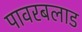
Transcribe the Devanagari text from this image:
पावरबलाड